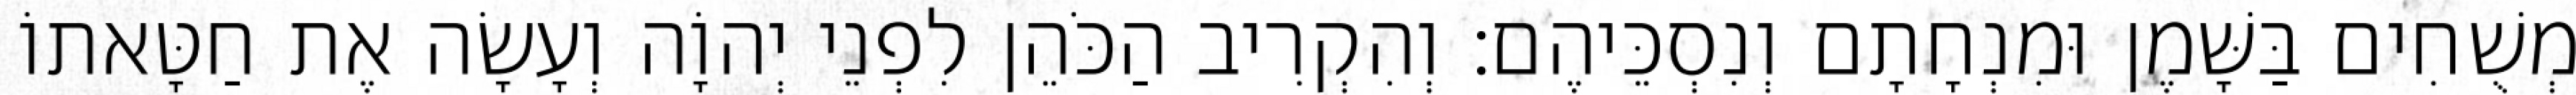
מְשֻׁחִים בַּשָּׁמֶן וּמִנְחָתָם וְנִסְכֵּיהֶם׃ וְהִקְרִיב הַכֹּהֵן לִפְנֵי יְהוָֹה וְעָשָׂה אֶת חַטָּאתוֹ